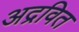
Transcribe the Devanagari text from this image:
अद्रवित